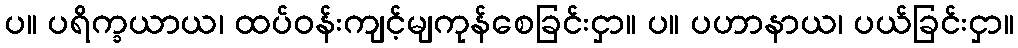
ပ။ ပရိက္ခယာယ၊ ထပ်ဝန်းကျင့်မျကုန်စေခြင်းငှာ။ ပ။ ပဟာနာယ၊ ပယ်ခြင်းငှာ။